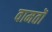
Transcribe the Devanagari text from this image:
वामतॊ